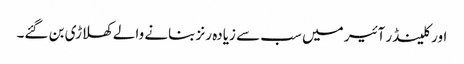
اور کلینڈر آئیر میں سب سے زیادہ رنز بنانے والے کھلاڑی بن گئے۔